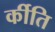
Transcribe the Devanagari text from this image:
र्कीति